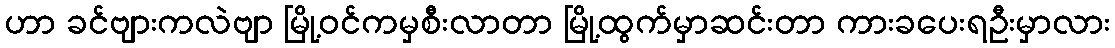
ဟာ ခင်ဗျားကလဲဗျာ မြို့ဝင်ကမှစီးလာတာ မြို့ထွက်မှာဆင်းတာ ကားခပေးရဦးမှာလား